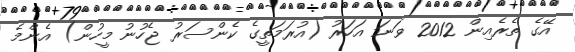
އޭގެ ތެރެއިން 2012 ވަނަ އަހަރު (އުރަމަތީގެ ކެންސަރު ޖެހުނު މީހުން) އެންމެ